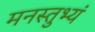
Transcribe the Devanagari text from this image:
मनस्तुभ्यं